Civil Veterinary Department. United Provinces 1923-31 - 1923-1931
Year: 1923
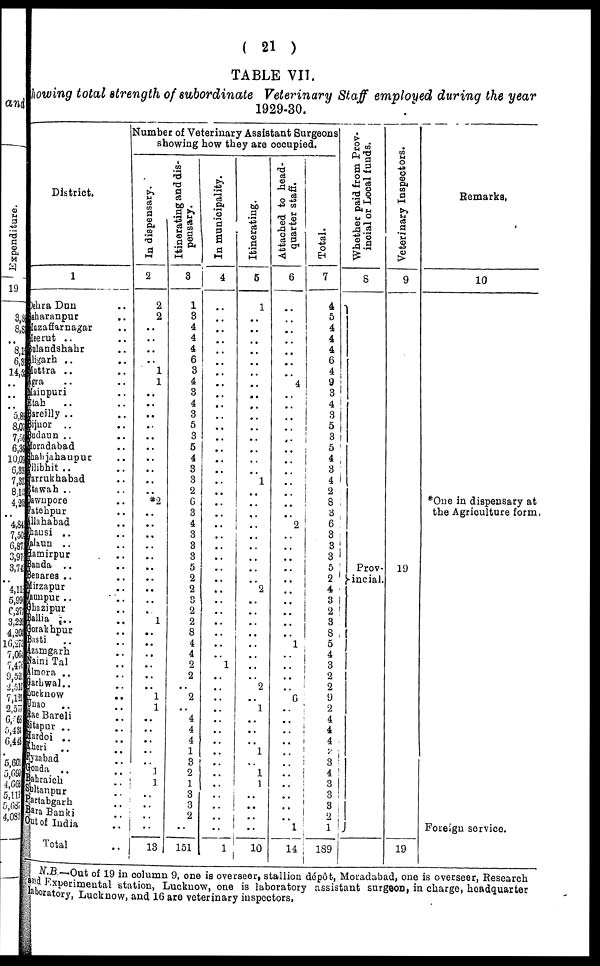
(21)
TABLE VII.
howing total strength of subordinate Veterinary Staff employed during the year
1929-30.
District.
1
Dehra Dun ..
sharanpur ..
luzaffarnagar ..
leerut .. ..
sulandshahr ..
ligarh .. ..
Muttra .. ..
ggra .. ..
Mainpuri ..
Itah .. ..
Bareilly .. ..
Bijnor .. ..
Budaun .. ..
Moradabad ..
hahjahanpur ..
ilibhit .. ..
arrukhabad ..
stawah .. ..
sawnpore ..
Fatehpur ..
llahabad ..
hansi .. ..
alaun .. ..
Iamirpur ..
Banda .. ..
Benares .. ..
Lirzapur ..
aunpur .. ..
shazipur ..
Ballia .. ..
Gorakhpur ..
Basti .. ..
Azamgarh ..
Naini Tal ..
Almora .. ..
Garhwal.. ..
Lucknow
..
Unao .. ..
Rae Bareli ..
Sitapur .. ..
Bardoi .. ..
Kheri .. ..
Fyzabad ..
Gonda .. ..
Bahraich ..
Sbltanpur ..
Partabgarh ..
Bara Banki ..
Out of India ..
Total ..
Number of Veterinary Assistant Surgeons
showing how they are occupied.
In dispensary.
2
2
2
..
..
..
..
1
1
..
..
..
..
..
..
..
..
..
..
*2
..
..
..
..
..
..
..
..
..
..
1
..
..
..
..
..
..
1
1
..
..
..
..
..
1
1
..
..
..
..
13
Itinerating and dis-
pensary.
3
1
3
4
4
4
6
3
4
3
4
3
5
3
5
4
3
3
2
6
3
4
3
3
3
5
2
2
3
2
2
8
4
4
2
2
2
4
4
4
1
3
2
1
3
3
2
151
In municipality.
4
..
..
..
..
..
..
..
..
..
..
..
..
..
..
..
..
..
..
..
..
..
..
..
..
..
..
..
..
..
..
..
..
..
1
..
..
..
..
..
..
..
..
..
..
..
..
..
..
..
1
Itinerating.
5
1
..
..
..
..
..
..
..
..
..
..
..
..
..
..
..
1
..
..
..
..
..
..
..
..
..
2
..
..
..
..
..
..
..
..
2
..
1
..
..
..
1
..
1
1
..
..
..
..
10
Attached to head-
quarter staff.
6
..
..
..
..
..
..
..
4
..
..
..
..
..
..
..
..
..
..
..
..
2
..
..
..
..
..
..
..
..
..
..
1
..
..
..
..
6
..
..
..
..
..
..
..
..
..
..
..
1
14
Total.
7
4
5 4
4
4
6
4
9
3
4
3
5 3
5
4
3
4
2
8
3
6
3
3
3
5
2
4
3
2
3
8
5
4
3
2
2
9
2
4
4
4
3
4
3
3
3
2
1
189
Whether paid from Prov-
incial or Local funds.
8
Prov-
incial.
Veterinary Inspectors.
9
19
19
Remarks.
10
*One in dispensary at
the Agriculture form,
Foreign service.
N.B.-Out of 19 in column 9, one is overseer, stallion depot, Moradabad, one is overseer, Research
and Experimental station, Lucknow, one is laboratory assistant surgeon, in charge, headquarter
laboratory, Lucknow, and 16 are veterinary inspectors.